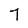
Character: 7